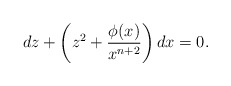
\begin{align*}dz+\left(z^2+\frac{\phi(x)}{x^{n+2}}\right)dx=0.\end{align*}